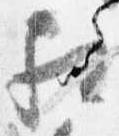
相